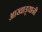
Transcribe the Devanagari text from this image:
आखाड्यानी